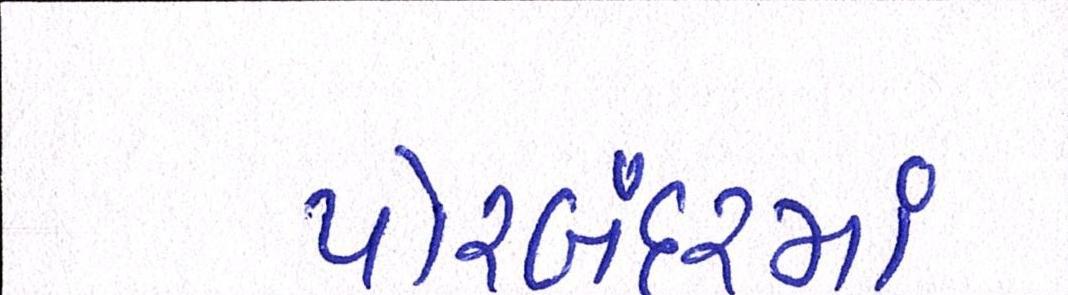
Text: પોરબંદરમાં